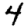
Digit: 4